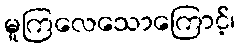
မူကြလေသောကြောင့်၊